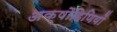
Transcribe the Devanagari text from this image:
अक्षौहिणियों